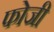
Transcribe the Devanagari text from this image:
फोजी